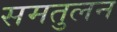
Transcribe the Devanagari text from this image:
समतुलन